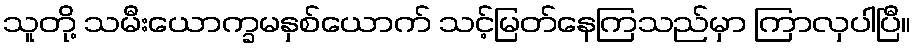
သူတို့ သမီးယောက္ခမနှစ်ယောက် သင့်မြတ်နေကြသည်မှာ ကြာလှပါပြီ။